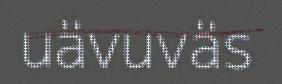
uävuväs